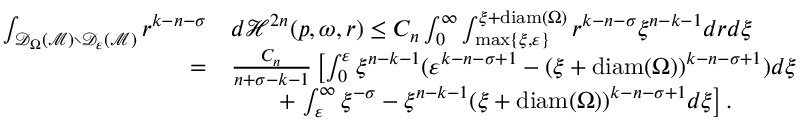
\begin{array} { r l } { \int _ { \mathcal { D } _ { \Omega } ( \mathcal M ) \setminus \mathcal { D } _ { \varepsilon } ( \mathcal M ) } r ^ { k - n - \sigma } } & { d \mathcal H ^ { 2 n } ( p , \boldsymbol { \omega } , r ) \le C _ { n } \int _ { 0 } ^ { \infty } \int _ { \operatorname* { m a x } \{ \xi , \varepsilon \} } ^ { \xi + \mathrm { d i a m } ( \Omega ) } r ^ { k - n - \sigma } \xi ^ { n - k - 1 } d r d \xi } \\ { = } & { \frac { C _ { n } } { n + \sigma - k - 1 } \left[ \int _ { 0 } ^ { \varepsilon } \xi ^ { n - k - 1 } ( \varepsilon ^ { k - n - \sigma + 1 } - ( \xi + \mathrm { d i a m } ( \Omega ) ) ^ { k - n - \sigma + 1 } ) d \xi \right. } \\ & { \qquad + \left. \int _ { \varepsilon } ^ { \infty } \xi ^ { - \sigma } - \xi ^ { n - k - 1 } ( \xi + \mathrm { d i a m } ( \Omega ) ) ^ { k - n - \sigma + 1 } d \xi \right] . } \end{array}